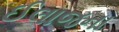
ઈલાજના